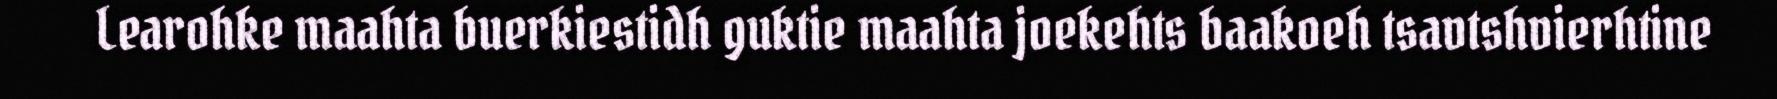
Learohke maahta buerkiestidh guktie maahta joekehts baakoeh tsavtshvierhtine